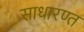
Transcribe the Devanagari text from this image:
साधारण्त